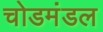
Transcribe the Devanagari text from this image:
चोडमंडल